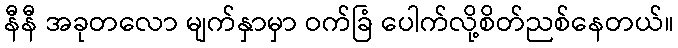
နီနီ အခုတလော မျက်နှာမှာ ဝက်ခြံ ပေါက်လို့စိတ်ညစ်နေတယ်။